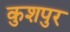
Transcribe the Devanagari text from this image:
कुशपुर